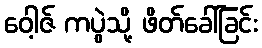
ဝေါ့ဇ် ကပွဲသို့ ဖိတ်ခေါ်ခြင်း